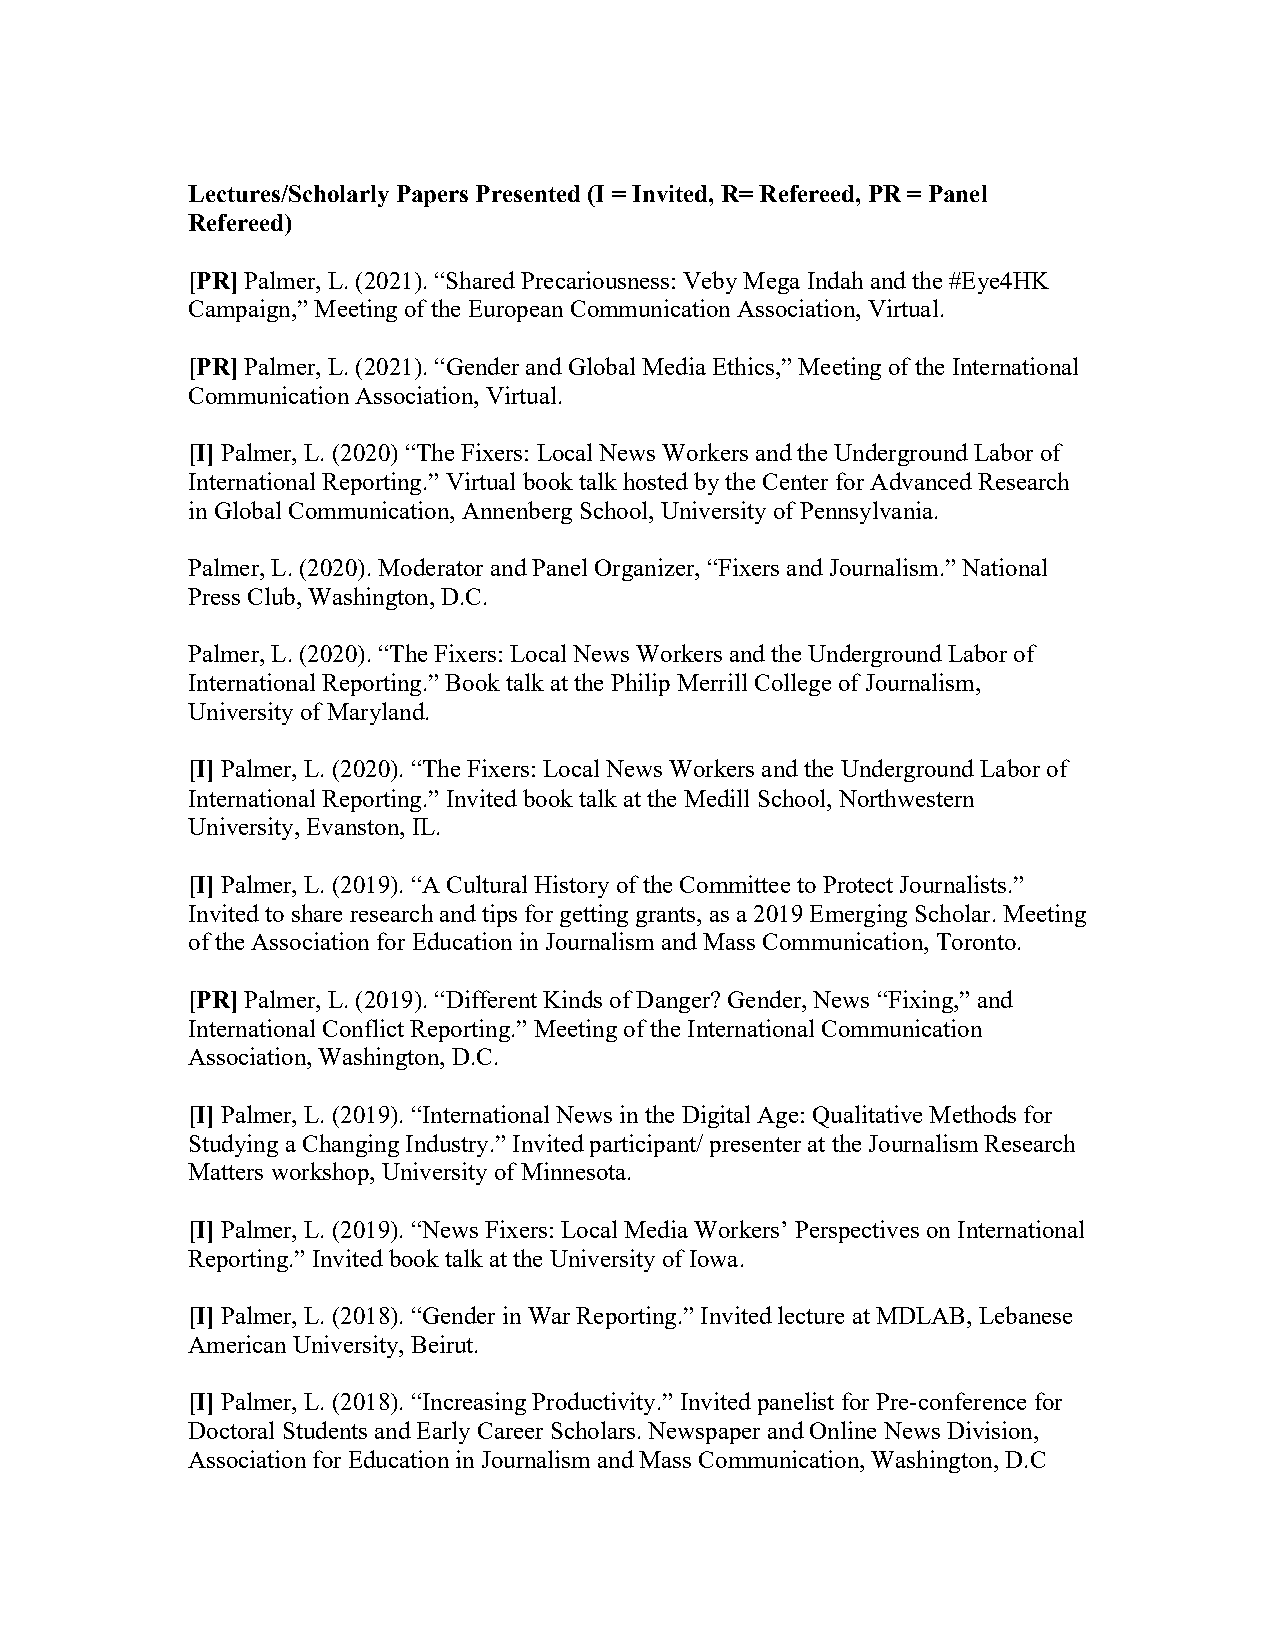
Lectures/Scholarly Papers Presented (I = Invited, R= Refereed, PR = Panel
 Refereed)
 [PR] Palmer, L. (2021). “Shared Precariousness: Veby Mega Indah and the #Eye4HK
 Campaign,” Meeting of the European Communication Association, Virtual.
 [PR] Palmer, L. (2021). “Gender and Global Media Ethics,” Meeting of the International
 Communication Association, Virtual.
 [I] Palmer, L. (2020) “The Fixers: Local News Workers and the Underground Labor of
 International Reporting.” Virtual book talk hosted by the Center for Advanced Research
 in Global Communication, Annenberg School, University of Pennsylvania.
 Palmer, L. (2020). Moderator and Panel Organizer, “Fixers and Journalism.” National
 Press Club, Washington, D.C.
 Palmer, L. (2020). “The Fixers: Local News Workers and the Underground Labor of
 International Reporting.” Book talk at the Philip Merrill College of Journalism,
 University of Maryland.
 [I] Palmer, L. (2020). “The Fixers: Local News Workers and the Underground Labor of
 International Reporting.” Invited book talk at the Medill School, Northwestern
 University, Evanston, IL.
 [I] Palmer, L. (2019). “A Cultural History of the Committee to Protect Journalists.”
 Invited to share research and tips for getting grants, as a 2019 Emerging Scholar. Meeting
 of the Association for Education in Journalism and Mass Communication, Toronto.
 [PR] Palmer, L. (2019). “Different Kinds of Danger? Gender, News “Fixing,” and
 International Conflict Reporting.” Meeting of the International Communication
 Association, Washington, D.C.
 [I] Palmer, L. (2019). “International News in the Digital Age: Qualitative Methods for
 Studying a Changing Industry.” Invited participant/ presenter at the Journalism Research
 Matters workshop, University of Minnesota.
 [I] Palmer, L. (2019). “News Fixers: Local Media Workers’ Perspectives on International
 Reporting.” Invited book talk at the University of Iowa.
 [I] Palmer, L. (2018). “Gender in War Reporting.” Invited lecture at MDLAB, Lebanese
 American University, Beirut.
 [I] Palmer, L. (2018). “Increasing Productivity.” Invited panelist for Pre-conference for
 Doctoral Students and Early Career Scholars. Newspaper and Online News Division,
 Association for Education in Journalism and Mass Communication, Washington, D.C